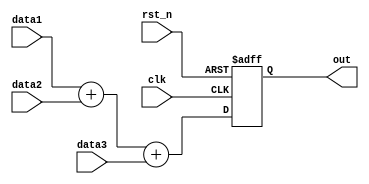
`timescale 1ns / 1ps
//////////////////////////////////////////////////////////////////////////////////
// Company: 
// Engineer: 
// 
// Design Name: 
// Module Name: ADDER
// Project Name: 
// Target Devices: 
// Tool Versions: 
// Description: 
// 
// Dependencies: 
// 
// Revision:
// Revision 0.01 - File Created
// Additional Comments:
// 
//////////////////////////////////////////////////////////////////////////////////


module ADDER(clk, data1, data2, data3, rst_n, out);
    parameter SD = 8;
    parameter SO = 10;
    input clk, rst_n;
    input signed [SD-1:0] data1, data2, data3;
    output reg signed [SO-1:0] out;
    
    always@(posedge clk or negedge rst_n) begin
        if(!rst_n) out <=0; // reset  out  
        else out <= data1 + data2 + data3; // reset      out 
    end
    
endmodule